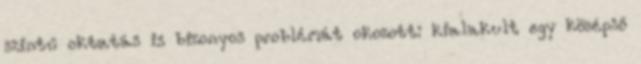
szintű oktatás is bizonyos problémát okozott: kialakult egy középső